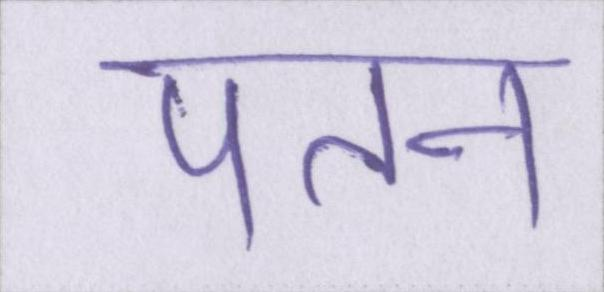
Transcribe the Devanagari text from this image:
पतन